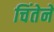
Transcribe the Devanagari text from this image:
चिंतेने